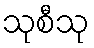
သုစီသု